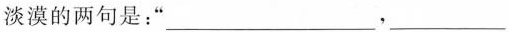
淡漠的两句是：”______，_____